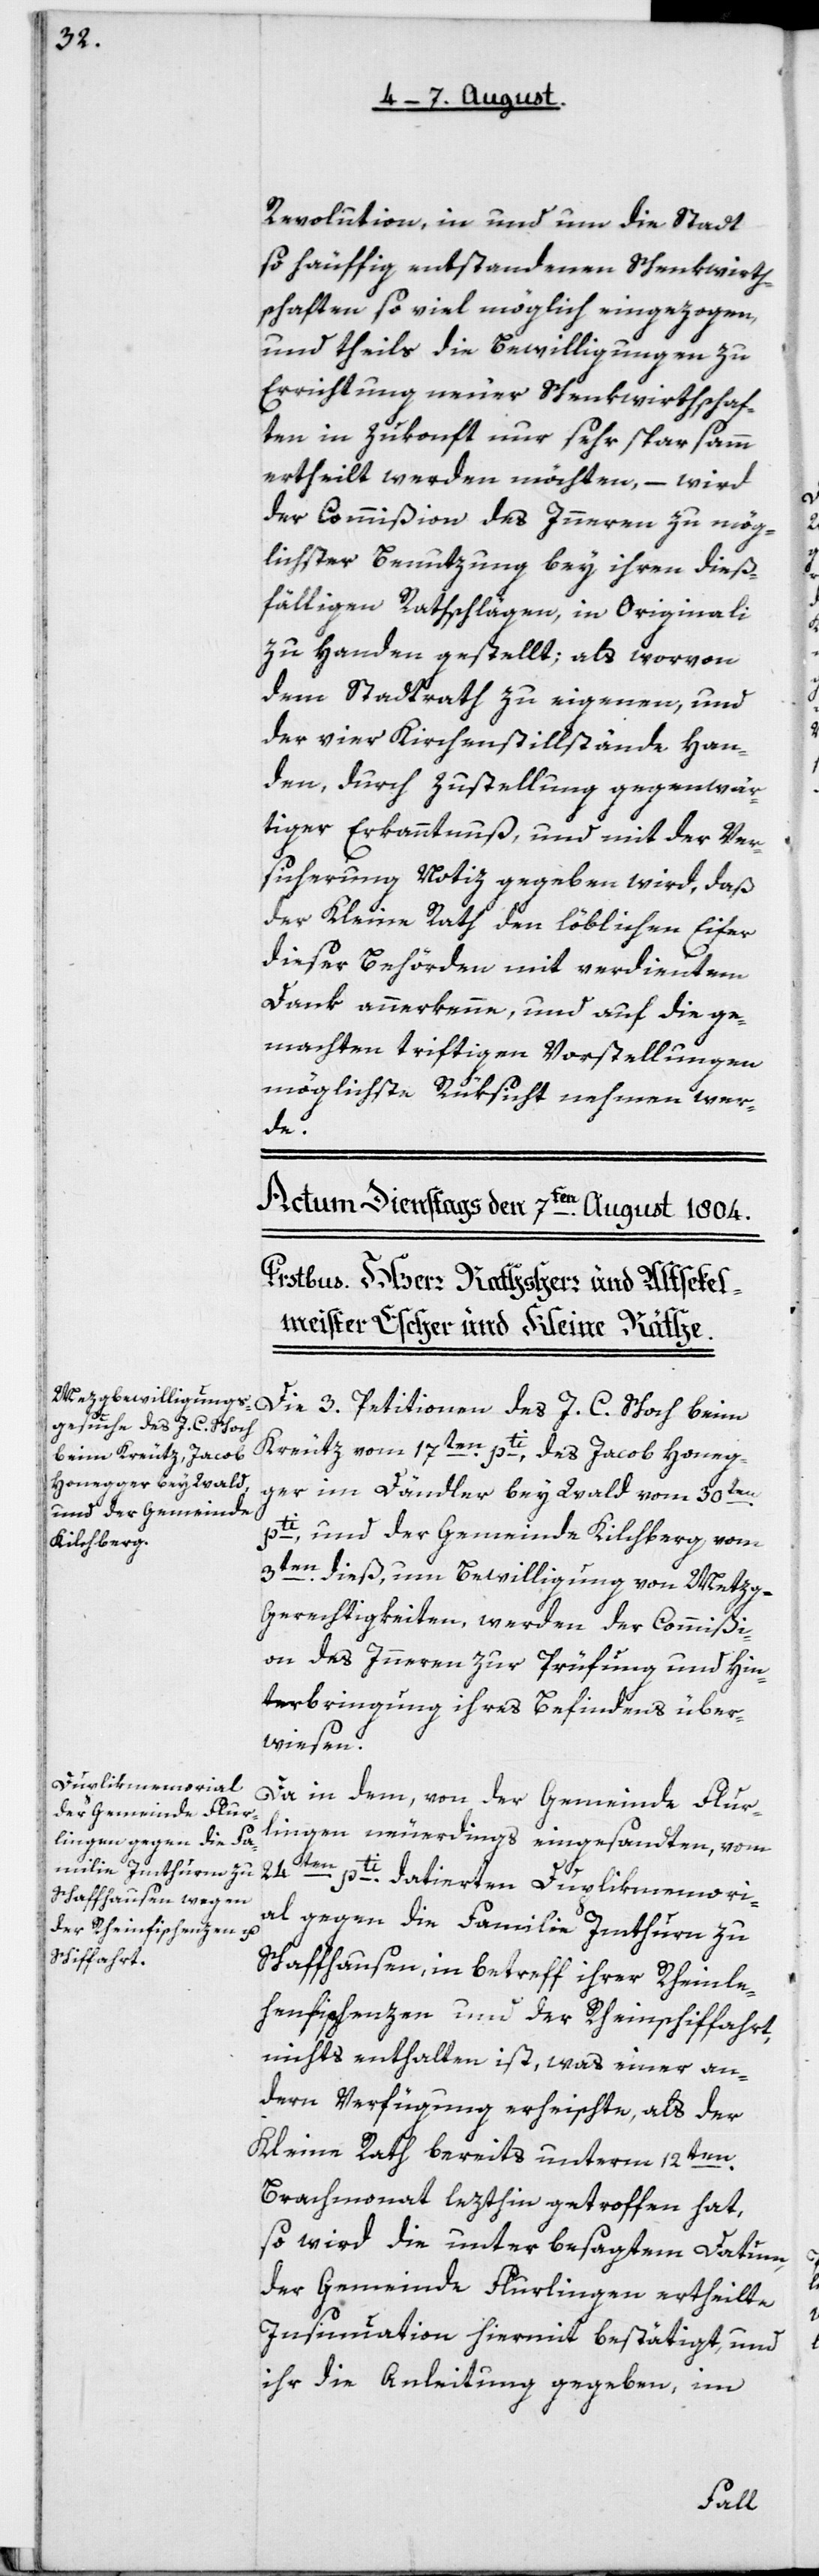
Revolution, in und um die Stadt
so häuffig entstandenen Schenkwirth¬
schaften so viel möglich eingezogen,
und theils die Bewilligungen zu
Errichtung neuer Schenkwirthschaf¬
ten in Zukonft nur sehr sparsam
ertheilt werden möchten, – wird
der Commißion des Innern zu mög¬
lichster Benutzung bey ihren dieß¬
fälligen Rathschlägen in Originali
zu Handen gestellt; als worvon
dem Stadtrath zu eigenen, und
der vier Kirchenstillstände Han¬
den, durch Zustellung gegenwär¬
tiger Erkanntnuß und mit der Ver¬
sicherung Notiz gegeben wird, daß
der Kleine Rath den löblichen Eifer
dieser Behörden mit verdientem
Dank anerkenne, und auf die ge¬
machten triftigen Vorstellungen
möglichste Rüksicht nehmen wer¬
de.
Die drei Petitionen des J. C. Schoch beim
Kreuz vom 17ten pti, des Jacob Honeg¬
ger im Dändler bey Wald vom 30ten
pti und der Gemeinde Kilchberg vom
3ten dieß, um Bewilligung von Metzg-G¬
erechtigkeiten, werden der Commißi¬
on des Innern zur Prüfung und Hin¬
terbringung ihres Befindens über¬
wiesen.
Da in dem, von der Gemeinde Flur¬
lingen neuerdings eingesandten, vom
24t¬
en pti datierten Duplikmemori¬
al gegen die Familie Imthurn zu
Schaffhausen, in Betreff ihrer Rheinle¬
henfischenzen und der Rheinschiffahrt,
nichts enthalten ist, was einer an¬
dern Verfügung erheischte, als der
Kleine Rath bereits unterm 12ten
Brachmonat lezthin getroffen hat,
so wird die unter besagtem Datum
der Gemeinde Flurlingen ertheilte
Insinuation hiermit bestätigt, und
ihr die Anleitung gegeben, im